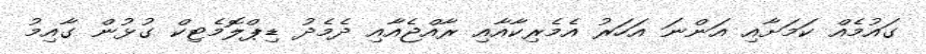
ގައުމެއް ކަމަށާއި އަންނަ އަހަރު އެމެރިކާއާއި ރާއްޖެއާއި ދެމެދު ޑިޕްލޮމެޓިކް ގުޅުން ގާއިމު